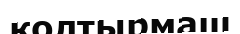
қолтырмаш